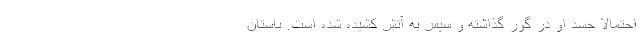
احتمالاً جسد او در گور گذاشته و سپس به آتش کشیده شده است. باستان‌